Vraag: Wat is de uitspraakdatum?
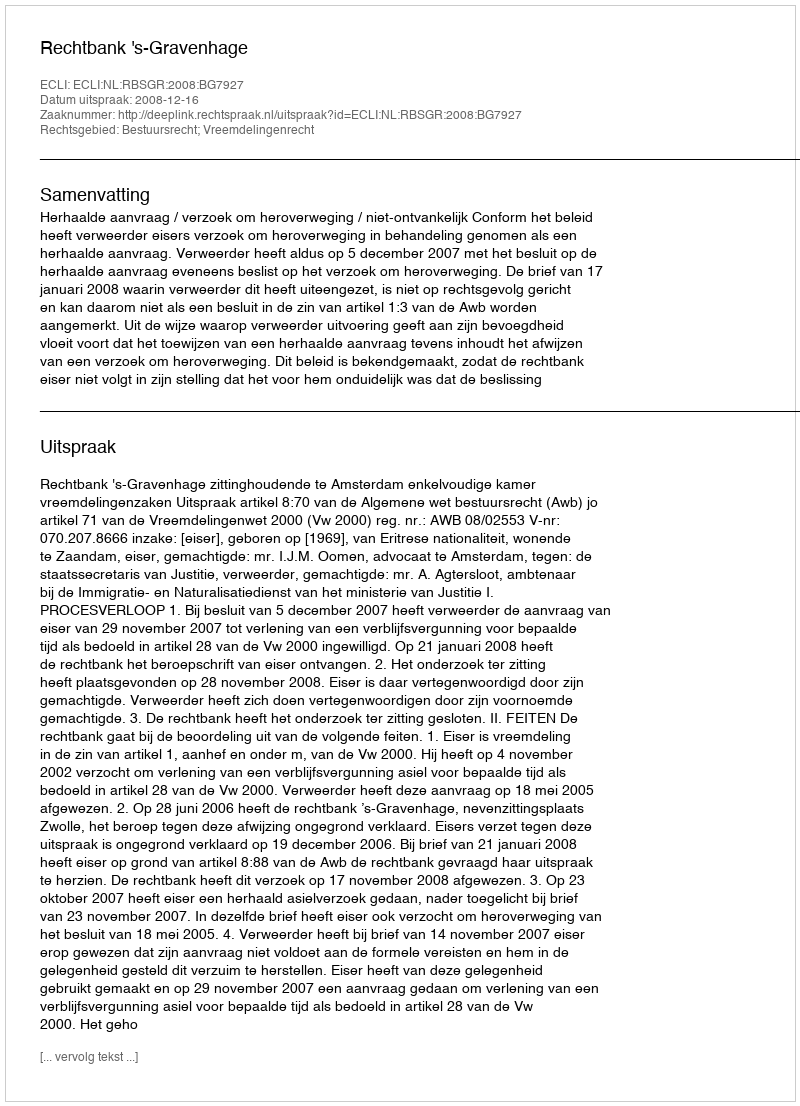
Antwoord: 2008-12-16